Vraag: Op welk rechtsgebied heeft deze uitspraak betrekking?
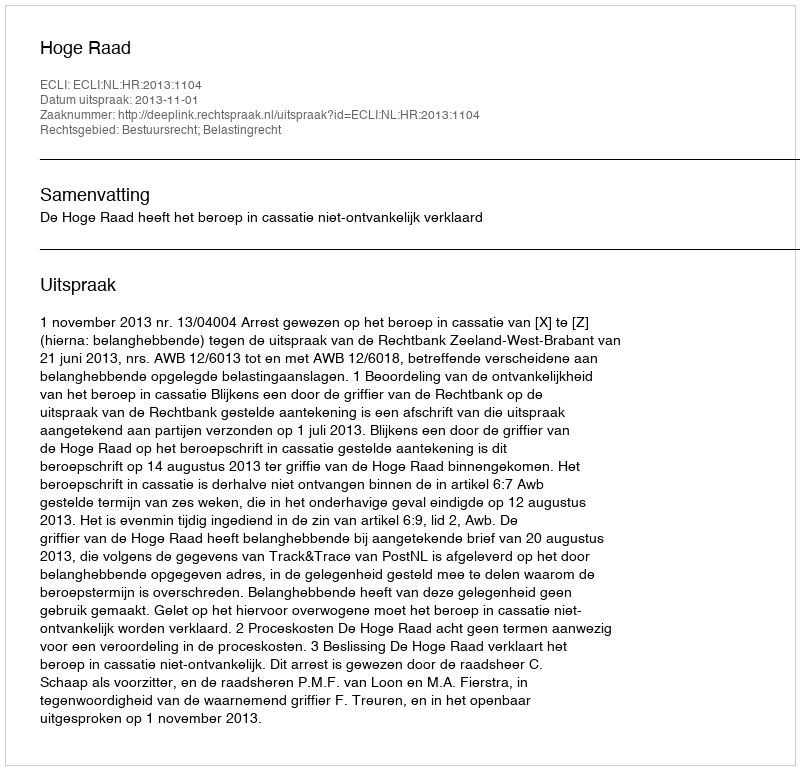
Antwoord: Bestuursrecht; Belastingrecht